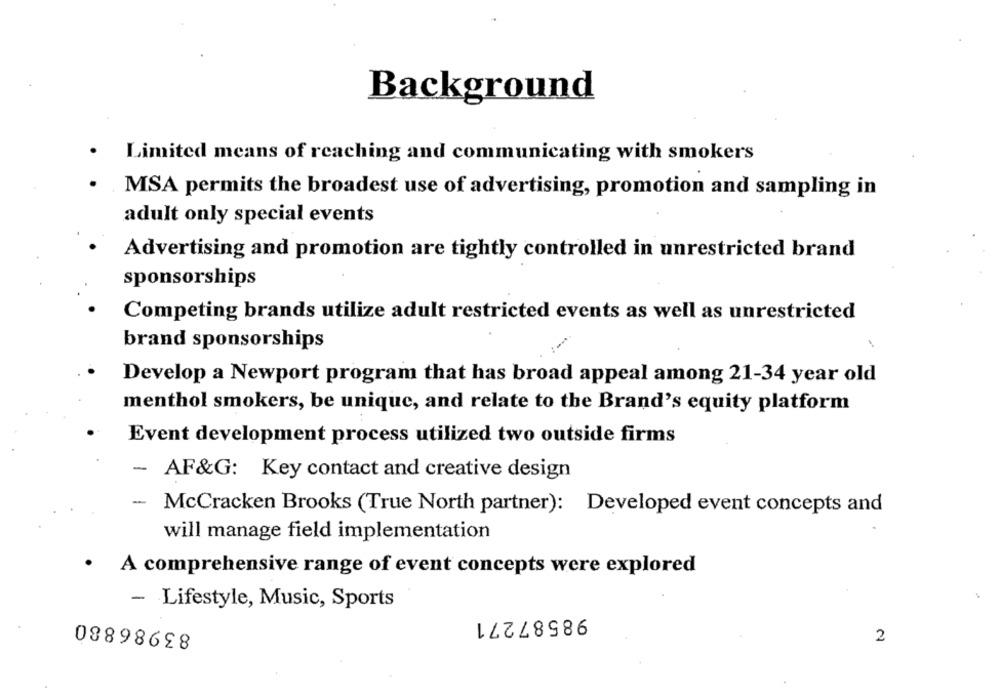
Background
Limited means of reaching and communicating with smokers
MSA permits the broadest use of advertising, promotion and sampling in
adult only special events
Advertising and promotion are tightly controlled in unrestricted brand
sponsorships
Competing brands utilize adult restricted events as well as unrestricted
brand sponsorships
Develop a Newport program that has broad appeal among 21-34 year old
menthol smokers, be unique, and relate to the Brand's equity platform
Event development process utilized two outside firms
- AF&G: Key contact and creative design
-
McCracken Brooks (True North partner): Developed event concepts and
will manage field implementation
· A comprehensive range of event concepts were explored
- Lifestyle, Music, Sports
98587271
83986880
2